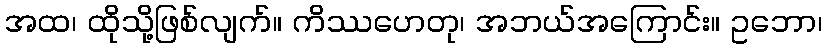
အထ၊ ထိုသို့ဖြစ်လျက်။ ကိဿဟေတု၊ အဘယ်အကြောင်း။ ဥဘော၊